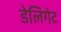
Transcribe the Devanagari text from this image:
डेलिगेट